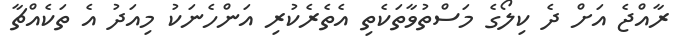
ރާއްޖެ އަށް ދެ ކިލޯގެ މަސްތުވާތަކެތި އެތެރެކުރި އަންހެނަކު މިއަދު އެ ތަކެއްޗާ